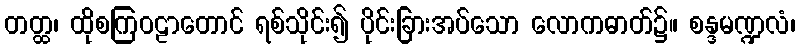
တတ္ထ၊ ထိုစကြဝဠာတောင် ရစ်သိုင်း၍ ပိုင်းခြားအပ်သော လောကဓာတ်၌။ စန္ဒမဏ္ဍလံ၊